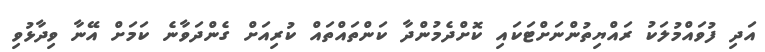
އަދި ފުވައްމުލަކު ރައްޔިތުންނަށްޓަކައި ކޮށްދެމުންދާ ކަންތައްތައް ކުރިއަށް ގެންދަވާނެ ކަމަށް އޭނާ ވިދާޅުވި